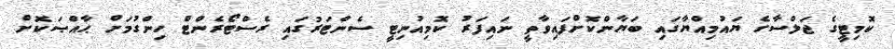
ކޮމިޓީގެ ޖަލްސާގެ ޔައުމިއްޔާގައި ބަޔާންކޮށްފައިވާތީ ނައިފަރު ކޮމިއުނިޓީ ސެންޓަރުގައި ރެސްޓޯރެންޓް ހިންގުމަށް ޙާއްޞަކޮށް